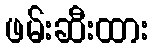
ဖမ်းဆီးထား